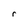
Character: r